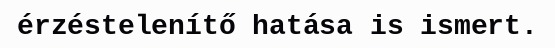
érzéstelenítő hatása is ismert.